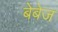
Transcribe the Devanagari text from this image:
बेबेज